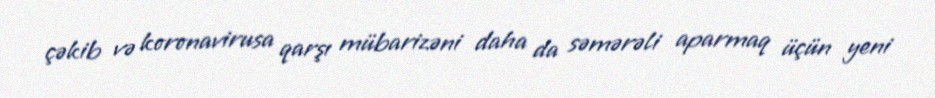
çəkib və koronavirusa qarşı mübarizəni daha da səmərəli aparmaq üçün yeni